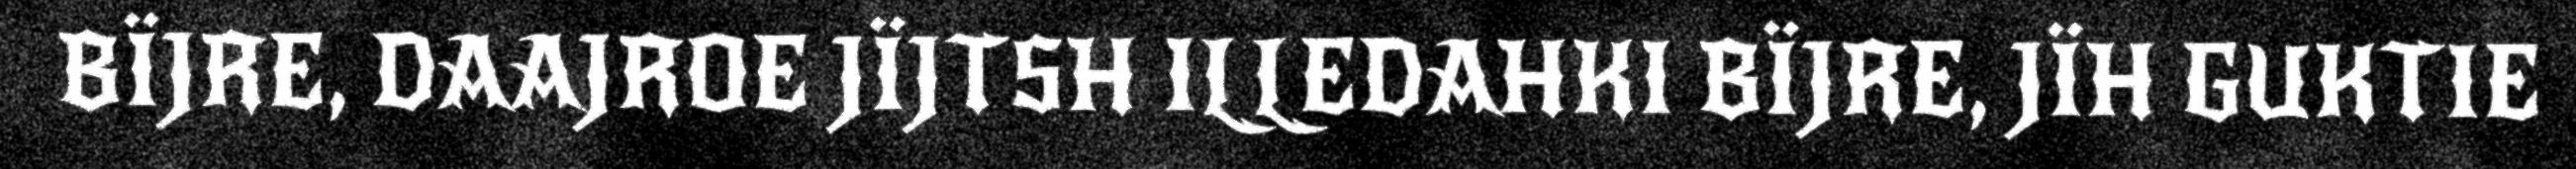
BÏJRE, DAAJROE JÏJTSH ILLEDAHKI BÏJRE, JÏH GUKTIE